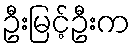
ဦးမြင့်ဦးက